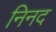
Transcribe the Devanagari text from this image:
निनद